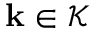
\mathbf { k } \in \mathcal { K }